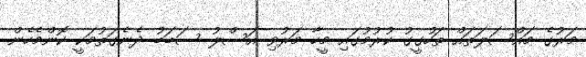
މަރުގެ މައްސަލަތައް ތަހުގީގު ކުރުމުގައި މީހާ މަރުވި އަސްލު ސަބަބު ދެނެގަތުމަކީ ކޮންމެހެން